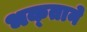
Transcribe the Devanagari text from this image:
भक्‍ताने